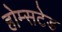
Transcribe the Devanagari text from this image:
होम्सटेड